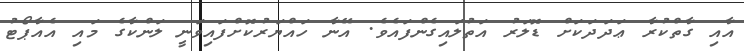
އާއި ގާތްކުރާ ޢަދަދަކަށް ޑޮލަރު އަތުލައިގެންފައެވެ. އޭނާ ހައްޔަރުކޮށްފައިވަނީ ލަންކާގެ މައި އެއާޕޯޓު